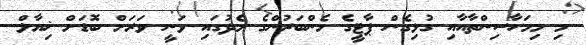
މި މިމަހާސިންތާއާއި ގުޅިގެން ޕާޓީގެ މެންބަރުންގެ މެދުގައި ވަނީ ވަރަށް ބޮޑަށް ޚިޔާލް